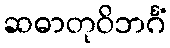
ဆဓာတုဝိဘင်္ဂံ